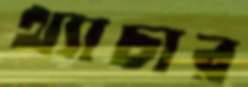
থ্যাচার